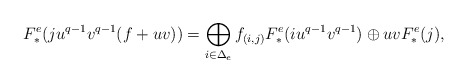
\begin{align*} F_*^e( ju^{q-1}v^{q-1}(f+uv))= \bigoplus_{i\in\Delta_e}f_{(i,j)}F_*^e(iu^{q-1}v^{q-1}) \oplus uv F_*^e(j) ,\end{align*}